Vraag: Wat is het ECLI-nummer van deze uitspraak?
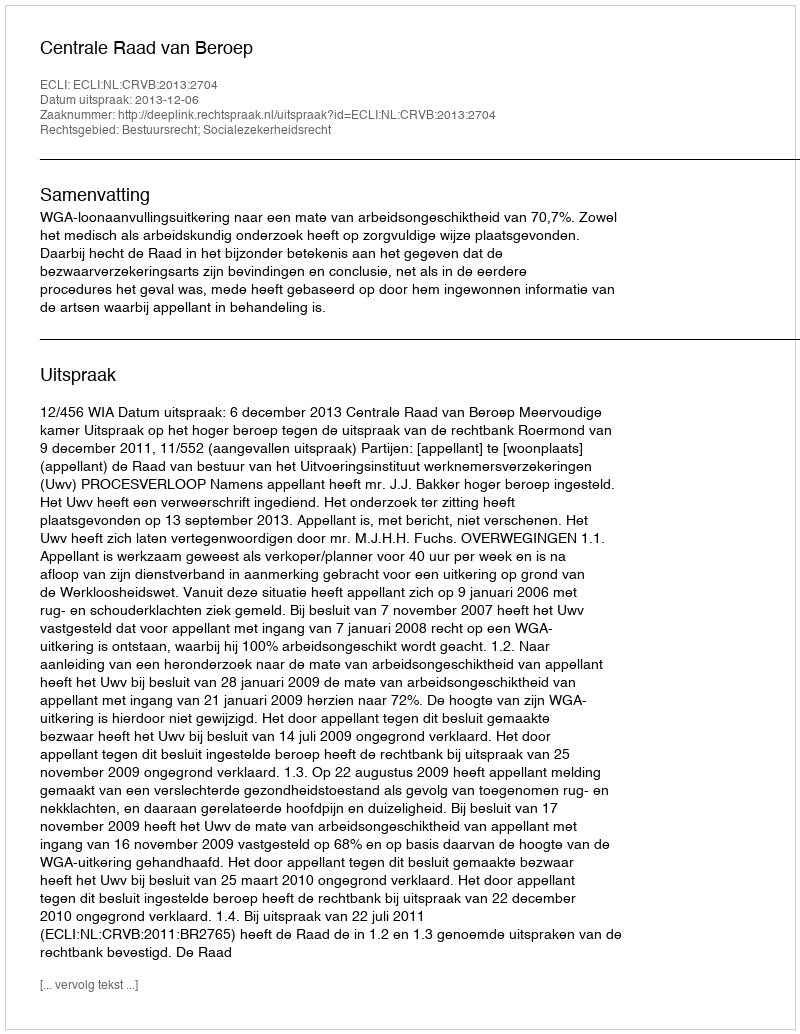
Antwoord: ECLI:NL:CRVB:2013:2704